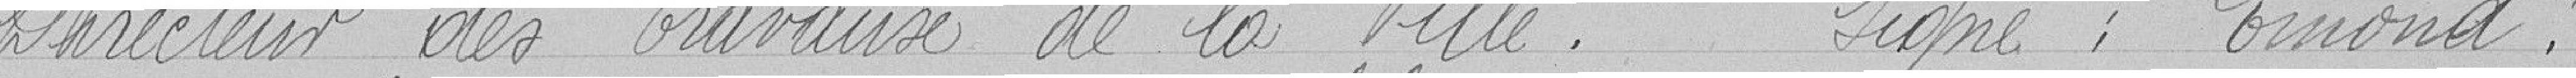
Directeur des travaux de la ville.   Signé : Emond "